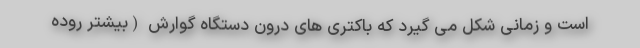
است و زمانی شکل می گیرد که باکتری های درون دستگاه گوارش (بیشتر روده